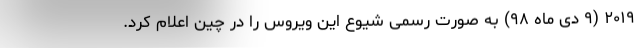
۲۰۱۹ (۹ دی ماه ۹۸) به صورت رسمی شیوع این ویروس را در چین اعلام کرد.